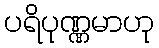
ပရိပုဏ္ဏမာဟု